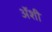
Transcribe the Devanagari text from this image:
अॅशी